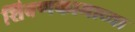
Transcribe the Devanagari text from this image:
शिवणकामाच्या